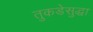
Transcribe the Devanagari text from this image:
तुकडेसुद्धा